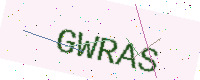
Text: GWRAS